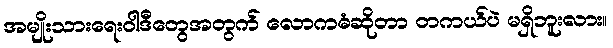
အမျိုးသားရေးဝါဒီတွေအတွက် လောကဓံဆိုတာ တကယ်ပဲ မရှိဘူးလား။